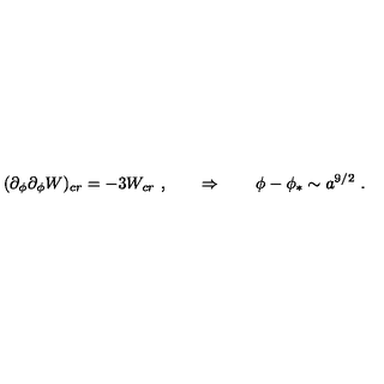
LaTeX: ( \partial _ { \phi } \partial _ { \phi } W ) _ { c r } = - 3 W _ { c r } \ , \qquad \Rightarrow \qquad \phi - \phi _ { * } \sim a ^ { 9 / 2 } \ .